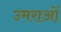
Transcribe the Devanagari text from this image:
उमराओं